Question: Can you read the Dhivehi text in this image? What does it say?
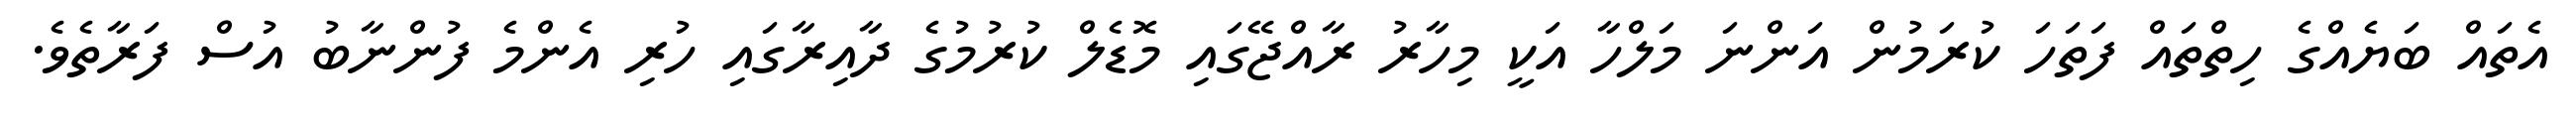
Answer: އެތައް ބަޔެއްގެ ހިތްތައް ފަތަހަ ކުރަމުން އަންނަ މަލްހާ އަކީ މިހާރު ރާއްޖޭގައި މޮޑެލް ކުރުމުގެ ދާއިރާގައި ހުރި އެންމެ ފުންނާބު އުސް ފަރާތެވެ.